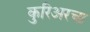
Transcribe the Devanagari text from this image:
कुरिअरचा